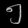
Digit: ၅